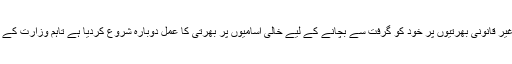
ذرائع کا بتانا ہے کہ سیکرٹری سائنس و ٹیکنالوجی اور پاکستان حلال اتھارٹی کے ڈائریکٹر جنرل نے غیر قانونی بھرتیوں پر خود کو گرفت سے بچانے کے لیے خالی آسامیوں پر بھرتی کا عمل دوبارہ شروع کردیا ہے تاہم وزارت کے کچھ افسران پرانے اشتہار کے مطابق کی جانے والی بھرتیوں کو ہی پایہ تکمیل تک پہنچانا چاہتے ہیں۔